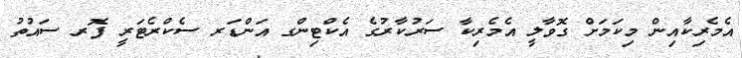
އެމެރިކާއިން މިކަމަށް ގޮވާލީ އެމެރިކާ ސަރުކާރުގެ އެކްޓިންގ އަންޑަރ ސެކްރެޓަރީ ފޮރ ސައުތު